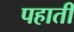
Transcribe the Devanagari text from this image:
पहाती